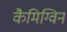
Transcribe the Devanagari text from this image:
कैमिग्विन